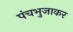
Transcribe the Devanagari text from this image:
पंचभुजाकर